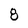
Character: 8